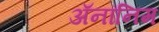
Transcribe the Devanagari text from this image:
ॲनॉनिम